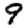
Digit: 9